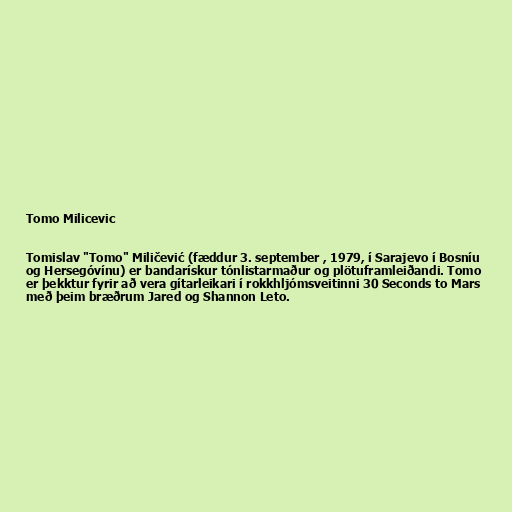
Tomo Milicevic

Tomislav "Tomo" Miličević (fæddur 3. september , 1979, í Sarajevo í Bosníu
og Hersegóvínu) er bandarískur tónlistarmaður og plötuframleiðandi. Tomo
er þekktur fyrir að vera gítarleikari í rokkhljómsveitinni 30 Seconds to Mars
með þeim bræðrum Jared og Shannon Leto.